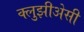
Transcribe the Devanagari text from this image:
क्लुझीअेसी